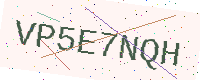
Text: VP5E7NQH